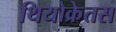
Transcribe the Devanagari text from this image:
थियोक्रेतस